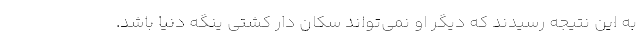
به این نتیجه رسیدند که دیگر او نمی‌تواند سکان دار کشتی ینگه دنیا باشد.